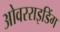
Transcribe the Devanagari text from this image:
ओवरराइडिंग